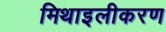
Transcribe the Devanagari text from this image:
मिथाइलीकरण